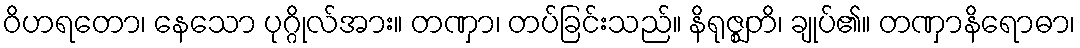
ဝိဟရတော၊ နေသော ပုဂ္ဂိုလ်အား။ တဏှာ၊ တပ်ခြင်းသည်။ နိရုဇ္ဈတိ၊ ချုပ်၏။ တဏှာနိရောဓာ၊